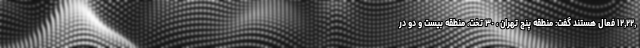
,۱۲,۲۲ فعال هستند گفت: منطقه پنج تهران ، ٣٠ تخت، منطقه بیست و دو در